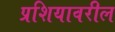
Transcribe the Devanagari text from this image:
प्रशियावरील